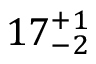
1 7 _ { - 2 } ^ { + 1 }